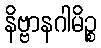
နိဗ္ဗာနဂါမိဉ္စ